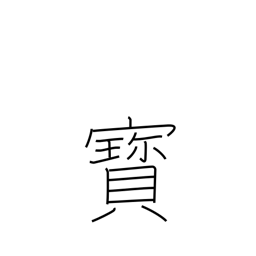
Meaning: rare